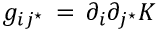
g _ { i j ^ { \star } } \, = \, \partial _ { i } \partial _ { j ^ { \star } } { \cal K }